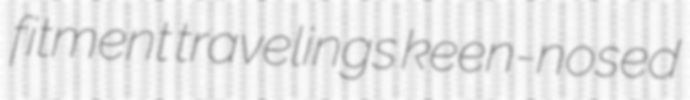
fitment travelings keen-nosed